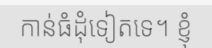
កាន់ធំដុំទៀតទេ។ ខ្ញុំ